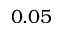
0 . 0 5